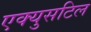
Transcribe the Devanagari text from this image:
एक्युसटिल